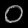
Digit: ၀